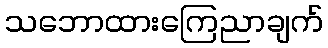
သဘောထားကြေညာချက်